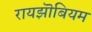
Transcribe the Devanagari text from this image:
रायझॊबियम